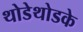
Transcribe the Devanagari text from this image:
थोडेथोडके